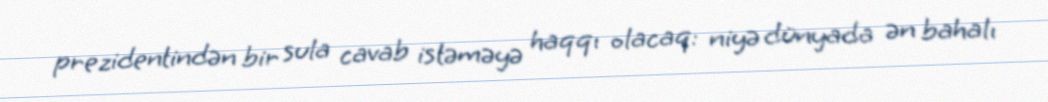
prezidentindən bir sula cavab istəməyə haqqı olacaq: niyə dünyada ən bahalı